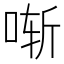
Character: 𫪚